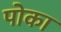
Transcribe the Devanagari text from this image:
पोका